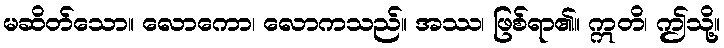
မဆိတ်သော။ လောကော၊ လောကသည်။ အဿ၊ ဖြစ်ရာ၏။ ဣတိ၊ ဤသို့။